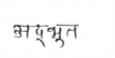
मजकूर: अद्भुत